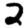
Digit: 2